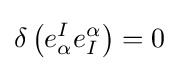
\delta \left(e_{\alpha }^{I}e_{I}^{\alpha }\right)=0